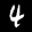
Label: 4